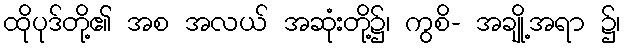
ထိုပုဒ်တို့၏ အစ အလယ် အဆုံးတို့၌၊ ကွစိ- အချို့အရာ ၌၊